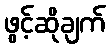
ဖွင့်ဆိုချက်